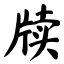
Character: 牍